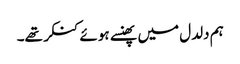
ہم دلدل میں پھنسے ہوئے کنکر تھے۔